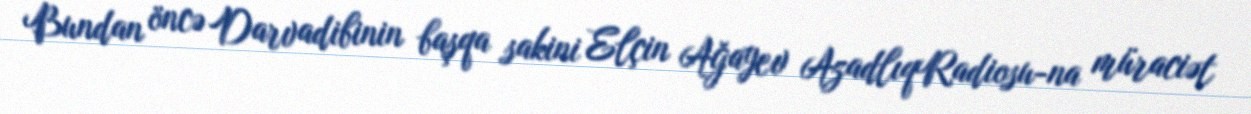
Bundan öncə Darvadibinin başqa sakini Elçin Ağayev AzadlıqRadiosu-na müraciət